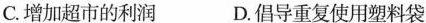
C.增加超市的利润 D.倡导重复使用塑料袋